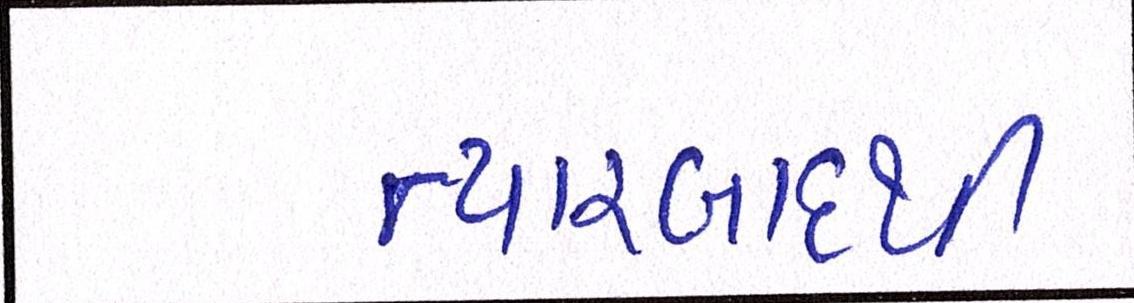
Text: ત્યારબાદથી